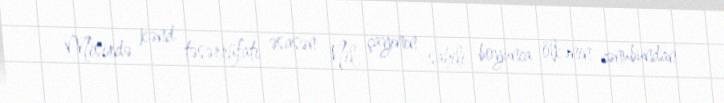
Misirdə kənd təsərrüfatı əsasən Nil çayının sahili boyunca ölkənin cənubundan